On kala azar, malaria and malarial cachexia - Number 19
Disease focus: Malaria
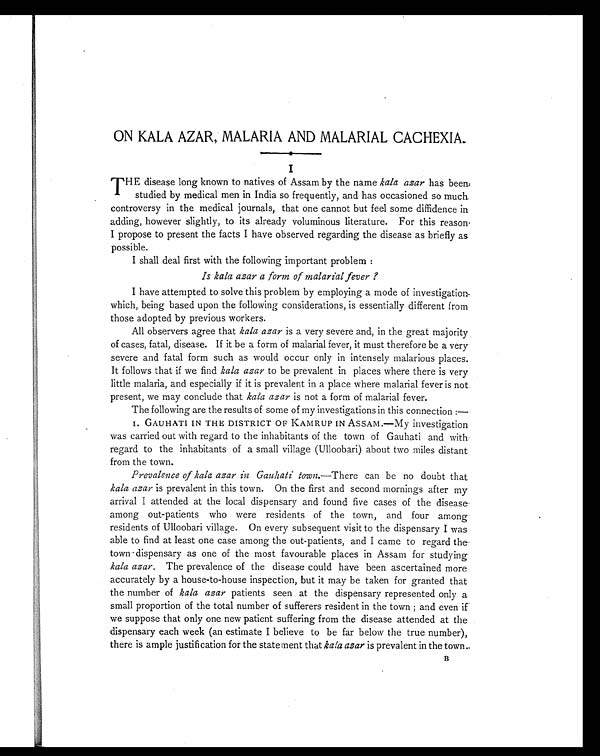
ON KALA AZAR, MALARIA AND MALARIAL CACHEXIA.
I
T HE disease long known to natives of Assam by the name kala azar has been
studied by medical men in India so frequently, and has occasioned so much
controversy in the medical journals, that one cannot but feel some diffidence in
adding, however slightly, to its already voluminous literature. For this reason
I propose to present the facts I have observed regarding the disease as briefly as
possible.
I shall deal first with the following important problem :
Is kala azar a form of malarial fever ?
I have attempted to solve this problem by employing a mode of investigation
which, being based upon the following considerations, is essentially different from
those adopted by previous workers.
All observers agree that kala azar is a very severe and, in the great majority
of cases, fatal, disease. If it be a form of malarial fever, it must therefore be a very
severe and fatal form such as would occur only in intensely malarious places.
It follows that if we find kala azar to be prevalent in places where there is very
little malaria, and especially if it is prevalent in a place where malarial fever is not
present, we may conclude that kala azar is not a form of malarial fever.
The following are the results of some of my investigations in this connection :
—
1. GAUHATI IN THE DISTRICT OF KAMRUP IN ASSAM.—My investigation
was carried out with regard to the inhabitants of the town of Gauhati and with
regard to the inhabitants of a small village (Ulloobari) about two miles distant
from the town.
Prevalence of kala azar in Gauhati town. —There can be no doubt that
kala azar is prevalent in this town. On the first and second mornings after my
arrival I attended at the local dispensary and found five cases of the disease
among out-patients who were residents of the town, and four among
residents of Ulloobari village. On every subsequent visit to the dispensary I was
able to find at least one case among the out-patients, and I came to regard the
town dispensary as one of the most favourable places in Assam for studying
kala azar. The prevalence of the disease could have been ascertained more
accurately by a house-to-house inspection, but it may be taken for granted that
the number of kala azar patients seen at the dispensary represented only a
small proportion of the total number of sufferers resident in the town ; and even if
we suppose that only one new patient suffering from the disease attended at the
dispensary each week (an estimate I believe to be far below the true number),
there is ample justification for the statement that kala azar is prevalent in the town.
B